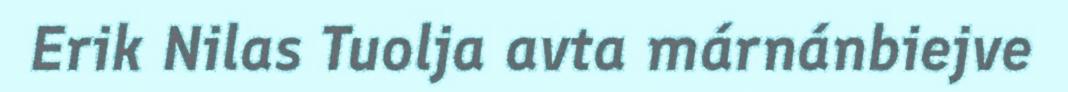
Erik Nilas Tuolja avta márnánbiejve